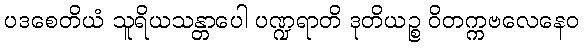
ပဒစေတိယံ သူရိယသန္တာပေါ ပဏ္ဍရာတိ ဒုတိယဉ္စ ဝိတက္ကဗလေနေဝ